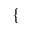
\left\{ \begin{array} { r l } \end{array} \right.